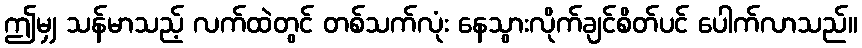
ဤမျှ သန်မာသည့် လက်ထဲတွင် တစ်သက်လုံး နေသွားလိုက်ချင်စိတ်ပင် ပေါက်လာသည်။